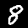
Label: 8